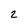
Character: 2